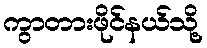
ကွာတားဖိုင်နယ်သို့